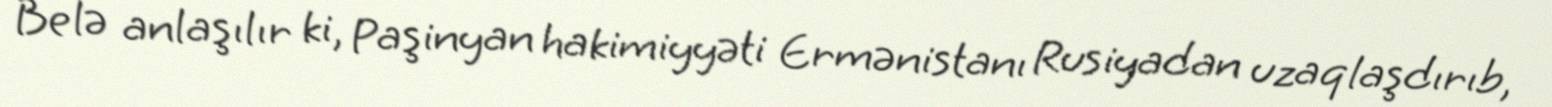
Belə anlaşılır ki, Paşinyan hakimiyyəti Ermənistanı Rusiyadan uzaqlaşdırıb,